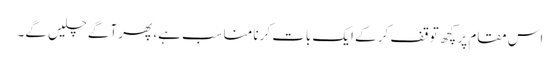
اس مقام پر کچھ توقف کر کے ایک بات کرنا مناسب ہے، پھر آگے چلیں گے۔